Bréfritari: Lárus Bjarnason
Dagsetning: A-1876-07-09
Skrifað á: Vesturheimi

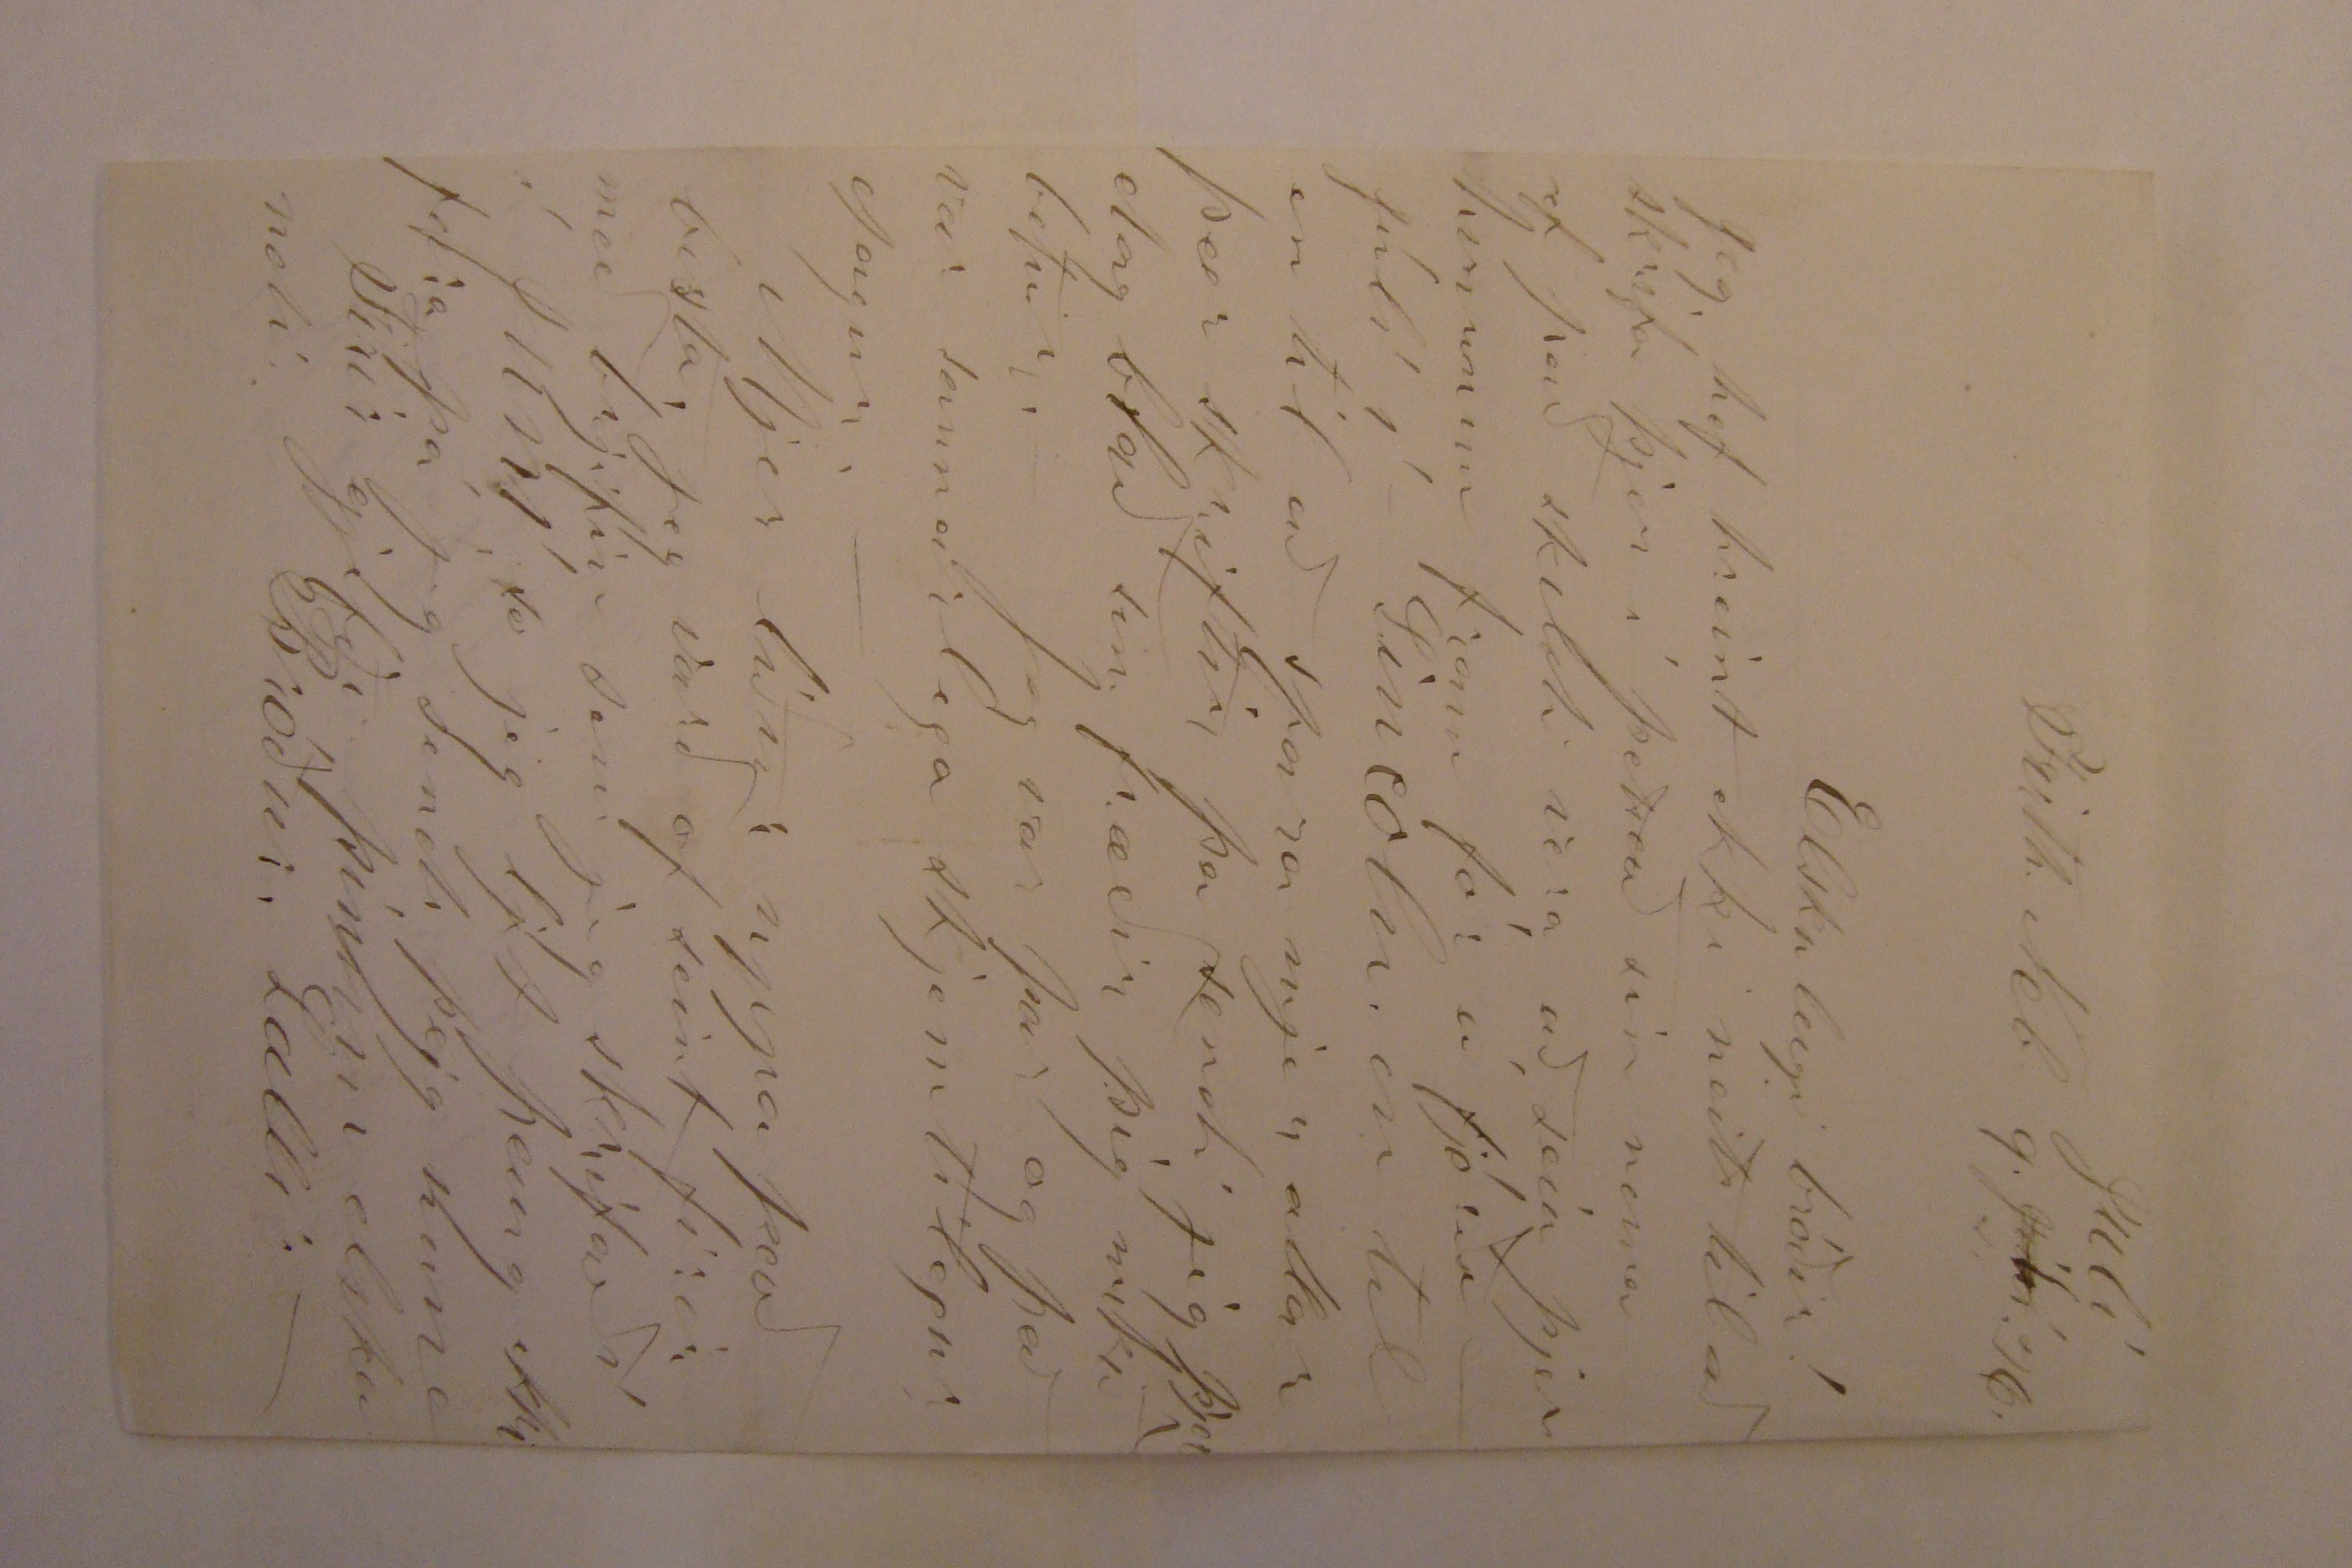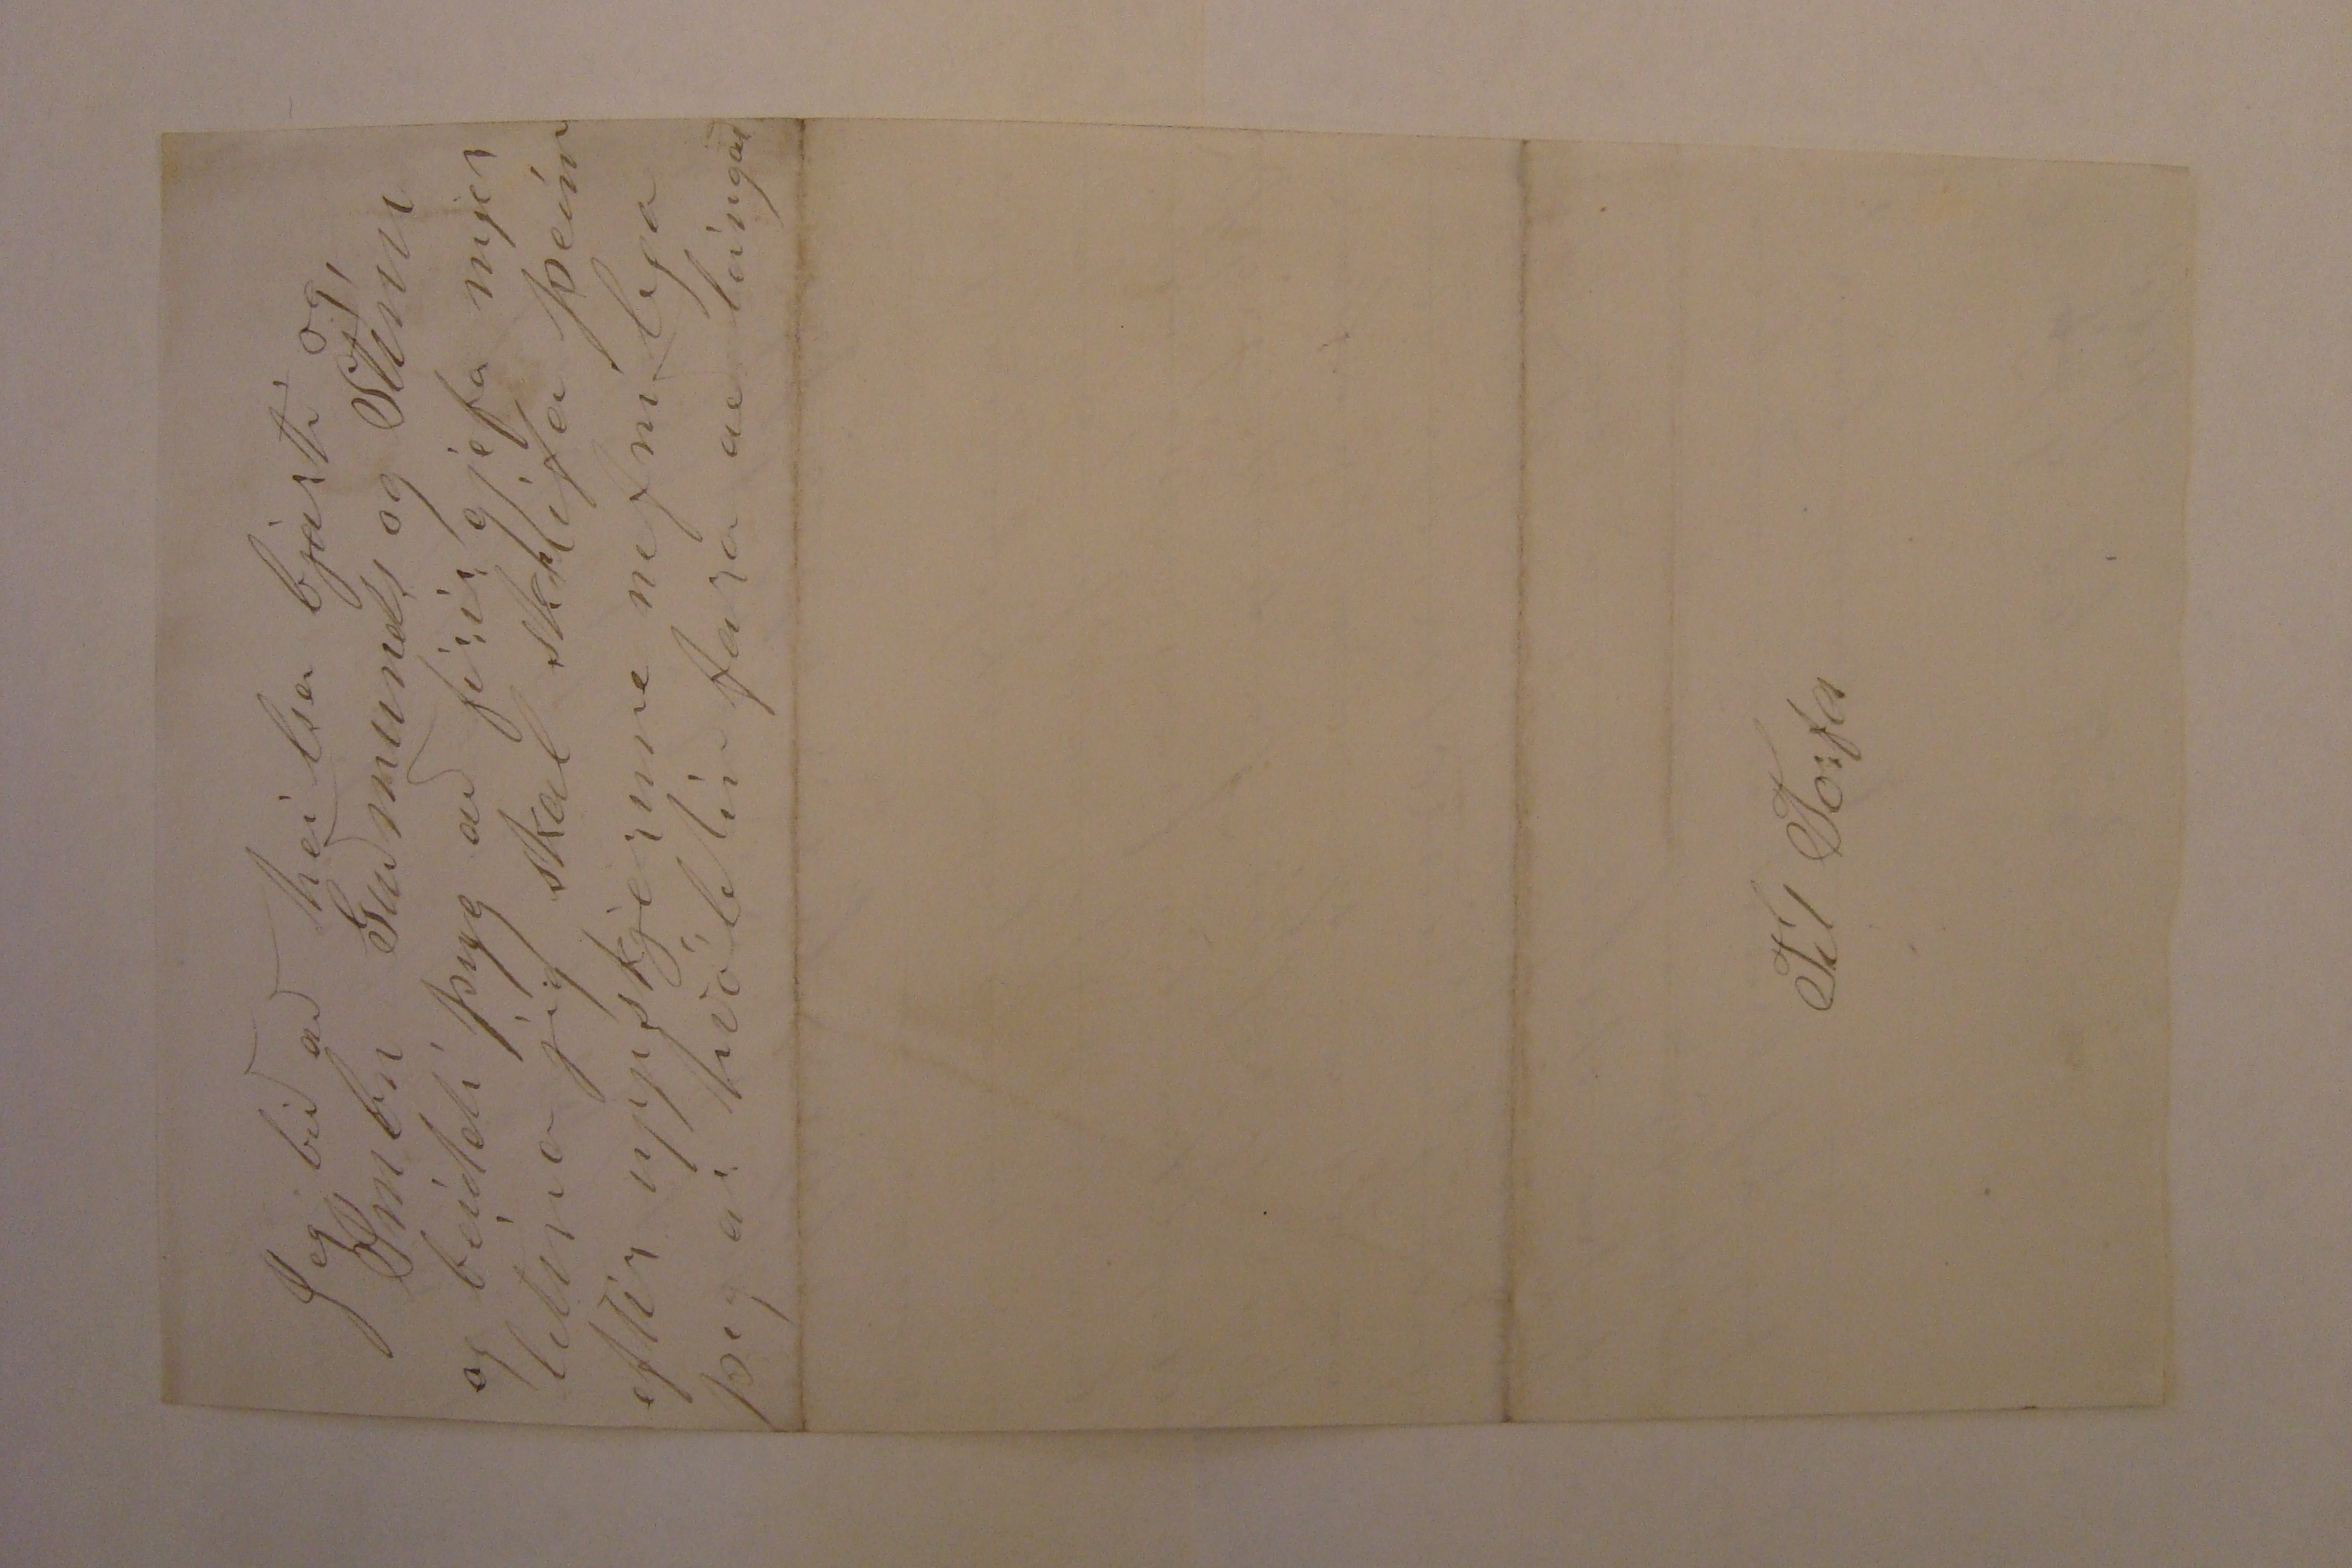

Firth. Neb 9.
Júlí
Juli
76.
Elskuleigi bróðir!
Jeg hef hreint ekki neitt til að skrifa þjer í þettað sin nema ef það skildi vera að seia þjer hvurnin fram fór á fjórða júlí í Lincoln en til að spara mjer allar þær skriftir þa sendi jeg þjer dagblað sem fræðir þig mikið betur. Jeg var þar og það var sannarlega skjemtilegur dagur. -
Mjer líður uppa það besta. jeg varð of seint firir með brjefið sem jeg skrifaði í juní so jeg ljet þaug ekki fara þá jeg sendi
þyg
nuna
Firirgjefðu þínum elskandi Bróður Lalli.-
Jeg bið að heilsa bjarti og Imbu Guðmunds og Stínu og beiddi þyg að firirgjefa mjer letina jeg skal skrifa þeim eftir uppskjeruna nefnilega þegar kvöldin fara að
leingast
Til Torfa